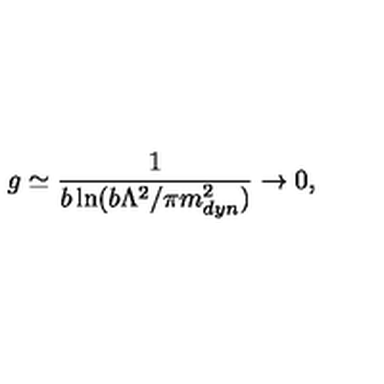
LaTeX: g \simeq \frac { 1 } { b \ln ( b \Lambda ^ { 2 } / \pi m _ { d y n } ^ { 2 } ) } \to 0 ,